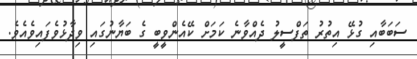
ސަބަބާއި ގުޅޭ އިތުރު ތަފްސީލު ދެއްވާނެ ކަމަށް ކޭއެންވީބީ ގެ ބަޔާނުގައި ވިދާޅުވެފައިވެއެވެ.